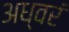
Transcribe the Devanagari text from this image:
अध्वरं